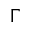
\Gamma